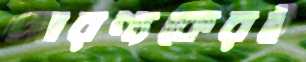
আরণ্যকেরই